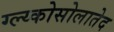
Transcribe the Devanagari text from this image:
ग्ल्य्कोसोलातेद